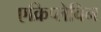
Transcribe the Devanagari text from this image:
एक्रिप्लेविन